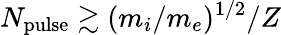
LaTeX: N_{\mathrm{pulse}}\gtrsim(m_{i}/m_{e})^{1/2}/Z